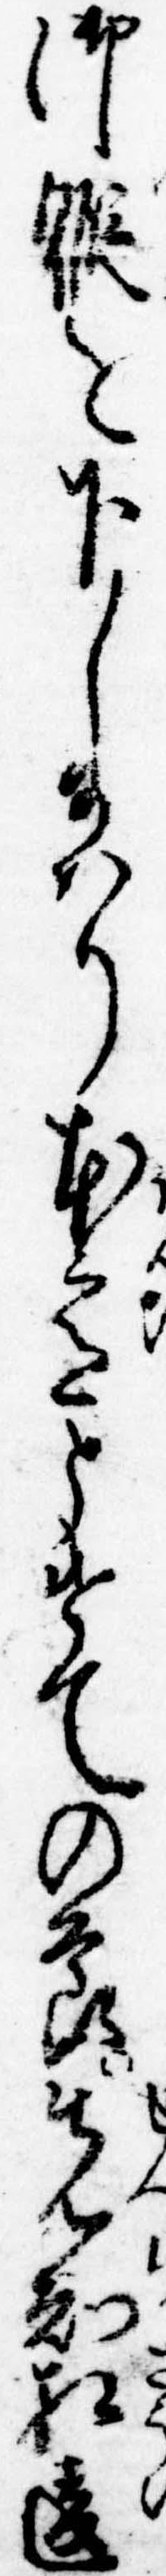
御𨉣を下し給はり本意とけての節先知相違